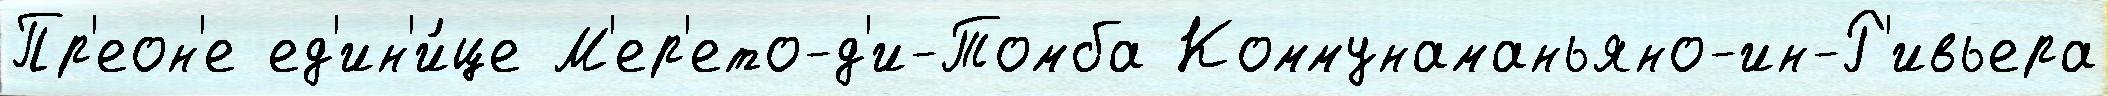
Пр'еон'е ед'ин'и́це М'ер'ето-д'и-Томба Коммунаманьяно-ин-Р'ивьера